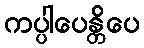
ကပ္ပါပေန္တိပေ